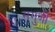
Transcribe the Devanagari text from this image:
सगुणी